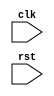
module timing_control_sync(
    input wire clk,
    input wire rst,
    // Declare input/output ports here

    // Declare timing registers here

    // Declare input/output buffers here

    // Declare clock dividers here

    // Declare state machines here

);

// Verilog code for timing control and synchronization blocks

endmodule